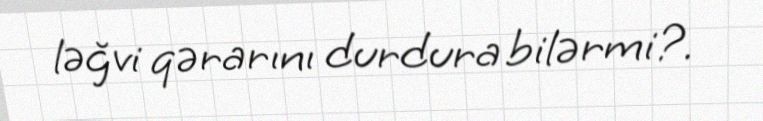
ləğvi qərarını durdura bilərmi?.